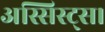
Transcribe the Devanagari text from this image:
अस्सिस्ट्स।